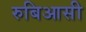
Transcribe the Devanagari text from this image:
रुबिआसी